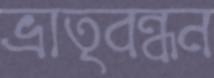
ভ্রাতৃবন্ধন